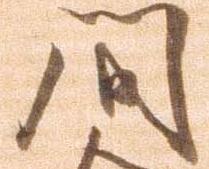
間